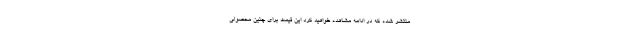
منتشر شده که در ادامه مشاهده خواهید کرد این قیمت برای چنین محصولی